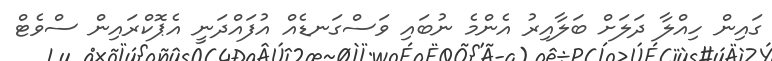
ގައިން ހިއްލާ ދަލަށް ބަލާއިރު އެންމެ ނުބައި ވަސްގަނޑެއް އުފައްދަނީ އެޕޮކްރައިން ސްވެޓް